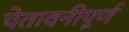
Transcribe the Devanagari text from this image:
चेतावनीपूर्ण